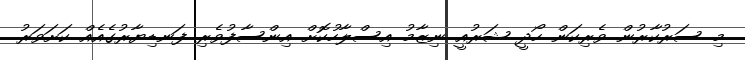
މި ސަރުކާރުން ވެރިކަން ހޯދީ ޝަރުއީ ނިޒާމު އިސްލާހުކޮށް އިންސާފުވެރި ފަނޑިޔާރުގެއެއް ކަށަވަރު